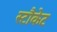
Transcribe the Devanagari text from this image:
स्टौकेट